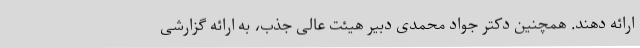
ارائه دهند. همچنین دکتر جواد محمدی دبیر هیئت عالی جذب، به ارائه گزارشی